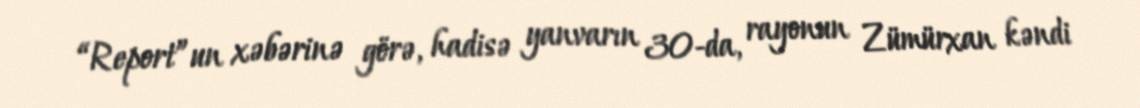
“Report”un xəbərinə görə, hadisə yanvarın 30-da, rayonun Zümürxan kəndi